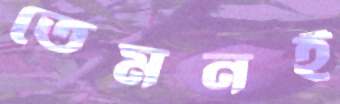
তেমনই